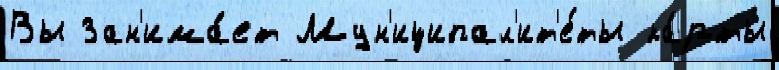
Вы Зан'има́ет Мун'иципал'ит'е́ты ка́рты